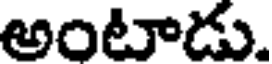
అంటాడు.